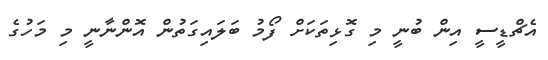
އެޗްޑީސީ އިން ބުނީ މި ގޮޅިތަކަށް ފޯމު ބަލައިގަތުން އޮންނާނީ މި މަހުގެ